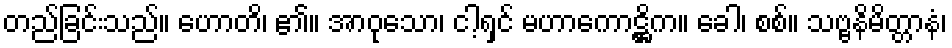
တည်ခြင်းသည်။ ဟောတိ၊ ၏။ အာဝုသော၊ ငါ့ရှင် မဟာကောဋ္ဌိက။ ခေါ၊ စစ်။ သဗ္ဗနိမိတ္တာနံ၊